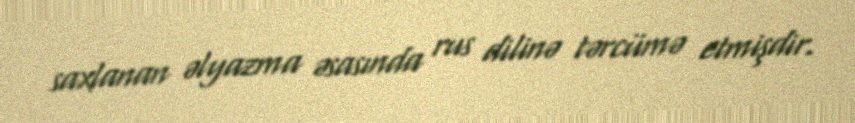
saxlanan əlyazma əsasında rus dilinə tərcümə etmişdir.